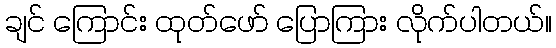
ချင် ကြောင်း ထုတ်ဖော် ပြောကြား လိုက်ပါတယ်။